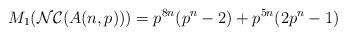
LaTeX: \begin{align*}M_{1}(\mathcal{NC}(A(n, p)))=p^{8n}(p^{n}-2)+p^{5n}(2p^{n}-1) \end{align*}